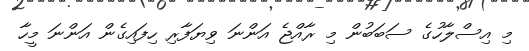
މި އިސްލާހުގެ ސަބަބުން މި ރާއްޖެ އަންނަ ވިޔަފާރި ހިފައިގެން އަންނަ މީހާ